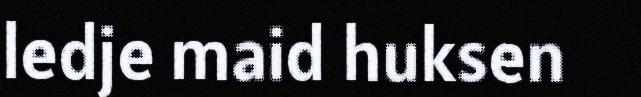
ledje maid huksen